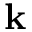
\mathbf { k }